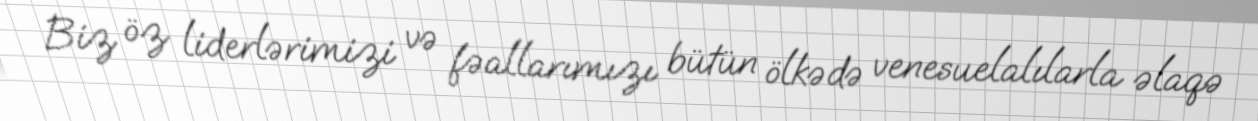
Biz öz liderlərimizi və fəallarımızı bütün ölkədə venesuelalılarla əlaqə